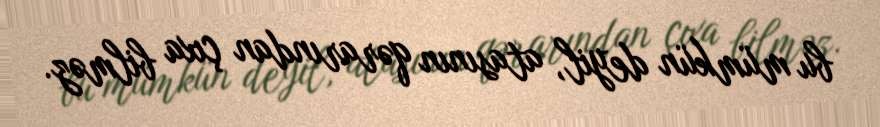
bu mümkün deyil, atasının qərarından çıxa bilməz.